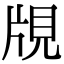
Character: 覑